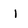
Character: 1